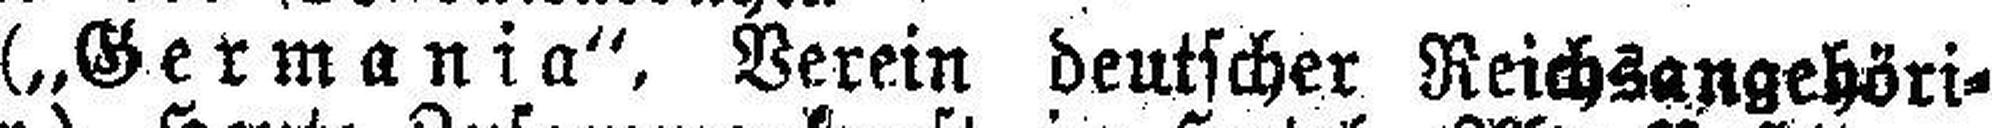
(„Germania“, Verein deutscher Reichsangehöri¬